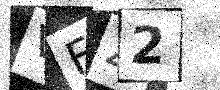
Text: VFZ2